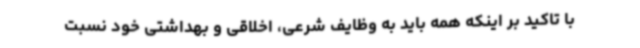
با تاکید بر اینکه همه باید به وظایف شرعی، اخلاقی و بهداشتی خود نسبت